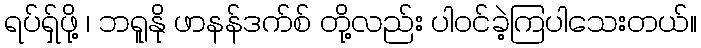
ရပ်ရှ်ဖို့ ၊ ဘရူနို ဖာနန်ဒက်စ် တို့လည်း ပါဝင်ခဲ့ကြပါသေးတယ်။